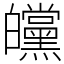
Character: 㿩